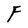
Character: F